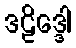
ဒဠိဒ္ဒေါ